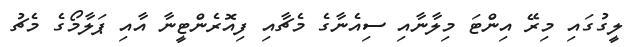
ލީގުގައި މިރޭ އިންޓަ މިލާނާއި ސިއެނާގެ މެޗާއި ފިއޮރެންޓީނާ އާއި ޕަލާމޯގެ މެޗު